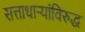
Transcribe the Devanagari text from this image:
सत्ताधाऱ्यांविरुद्ध